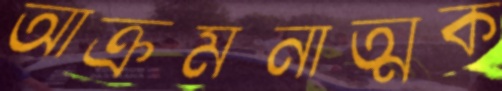
আক্রমনাত্মক